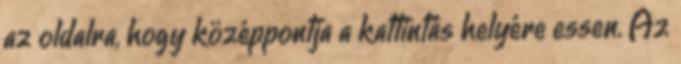
az oldalra, hogy középpontja a kattintás helyére essen. Az